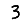
Digit: 3